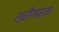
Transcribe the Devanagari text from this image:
श्रींगारम